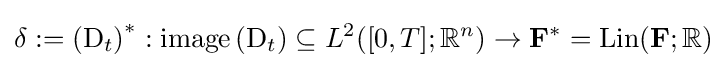
\delta :=\left(\mathrm {D} _{t}\right)^{*}:\operatorname  \left(\mathrm {D} _{t}\right)\subseteq L^{2}([0,T];\mathbb {R} ^{n})\to \mathbf {F} ^{*}=\mathrm {Lin} (\mathbf {F} ;\mathbb {R} )